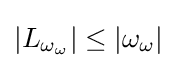
|L_{\omega _{\omega }}|\leq |\omega _{\omega }|